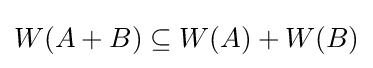
W(A+B)\subseteq W(A)+W(B)